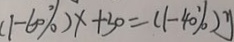
( 1 - 6 0 \% ) x + 3 0 = ( 1 - 4 0 \% ) y